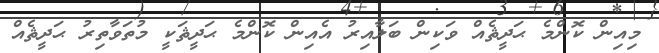
މިއިން ކޮންމެ ޙަދީޘެއް ވަކިން ބަލާއިރު އެއިން ކޮންމެ ޙަދީޘަކީ މުތަވާތިރު ޙަދީޘެއް